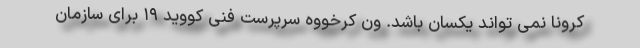
کرونا نمی تواند یکسان باشد. ون کرخووه سرپرست فنی کووید ۱۹ برای سازمان